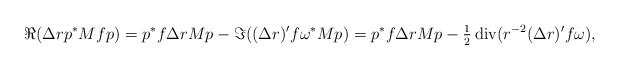
\begin{align*}\Re(\Delta r p^* Mf p) = p^* f\Delta r M p - \Im((\Delta r)' f \omega^* Mp) = p^* f \Delta r M p - \tfrac{1}{2}\operatorname{div}(r^{-2}(\Delta r)' f \omega),\end{align*}